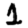
Digit: 1